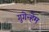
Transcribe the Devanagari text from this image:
गुगेन्हेम